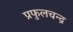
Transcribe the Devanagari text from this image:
प्रफुलचन्द्र